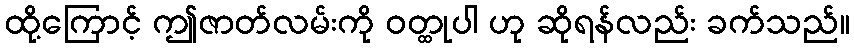
ထို့ကြောင့် ဤဇာတ်လမ်းကို ဝတ္ထုပါ ဟု ဆိုရန်လည်း ခက်သည်။